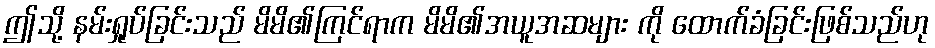
ဤသို့ နမ်းရှုပ်ခြင်းသည် မိမိ၏ကြင်ရာက မိမိ၏အယူအဆများ ကို ထောက်ခံခြင်းဖြစ်သည်ဟု